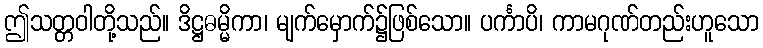
ဤသတ္တဝါတို့သည်။ ဒိဋ္ဌဓမ္မိကာ၊ မျက်မှောက်၌ဖြစ်သော။ ပင်္ကာပိ၊ ကာမဂုဏ်တည်းဟူသော